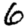
Digit: 6